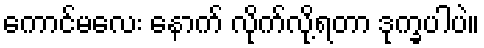
ကောင်မလေး နောက် လိုက်လို့ရတာ ဒုက္ခပါပဲ။